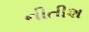
નીતીશ